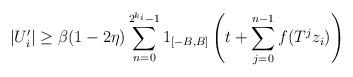
LaTeX: \begin{align*}|U_i'|\ge\beta(1-2\eta) \sum_{n=0}^{2^{k_i} - 1} 1_{[-B,B]} \left( t + \sum_{j=0}^{n-1} f(T^j z_i) \right)\end{align*}